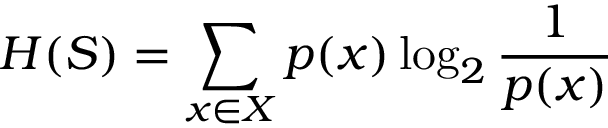
H ( S ) = \sum _ { x \in X } p ( x ) \log _ { 2 } \frac { 1 } { p ( x ) }